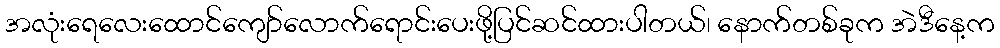
အလုံးရေလေးထောင်ကျော်လောက်ရောင်းပေးဖို့ပြင်ဆင်ထားပါတယ်၊ နောက်တစ်ခုက အဲဒီနေ့က